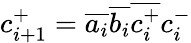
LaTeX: c_{i+1}^{+}={\overline{{a_{i}}}}{\overline{{b_{i}}}}{\overline{{c_{i}^{+}}}}c_{i}^{-}